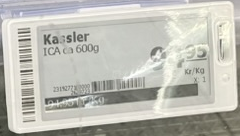
Vara: Kassler
Genomsnittspris: 94.95 per kg